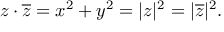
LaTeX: z \cdot { \overline { { z } } } = x ^ { 2 } + y ^ { 2 } = | z | ^ { 2 } = | { \overline { { z } } } | ^ { 2 } .